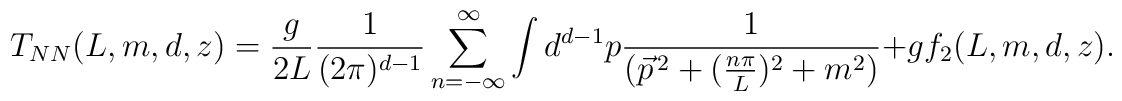
T_{NN}(L,m,d,z)=\frac{g}{2L}\frac{1}{(2\pi)^{d-1}}\sum_{n=-\infty}^{\infty}\int d^{d-1}p\frac{1}{(\vec{p}^{\,2}+(\frac{n\pi}{L})^{2}+m^{2})}+gf_{2}(L,m,d,z).